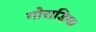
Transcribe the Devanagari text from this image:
गोराडिया